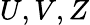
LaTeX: U,V,Z